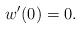
\begin{align*}w^{\prime}(0)=0.\end{align*}